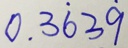
0 . 3 \dot { 6 } 3 \dot { 9 }